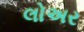
લોઅર